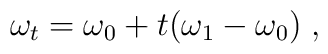
\omega_{t}=\omega_{0}+t(\omega_{1}-\omega_{0})\;,